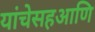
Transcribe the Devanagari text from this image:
यांचेसहआणि